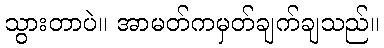
သွားတာပဲ။ အာမတ်ကမှတ်ချက်ချသည်။